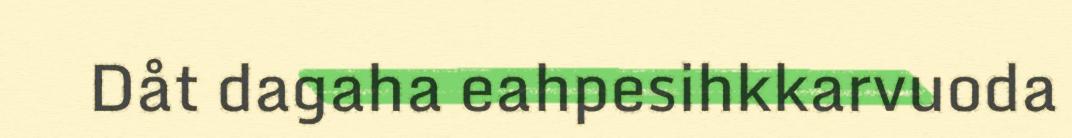
Dåt dagaha eahpesihkkarvuoda